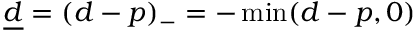
\underline { d } = ( d - p ) _ { - } = - \operatorname* { m i n } ( d - p , 0 )